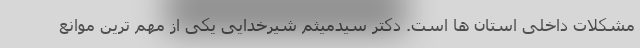
مشکلات داخلی استان ها است. دکتر سیدمیثم شیرخدایی یکی از مهم ترین موانع